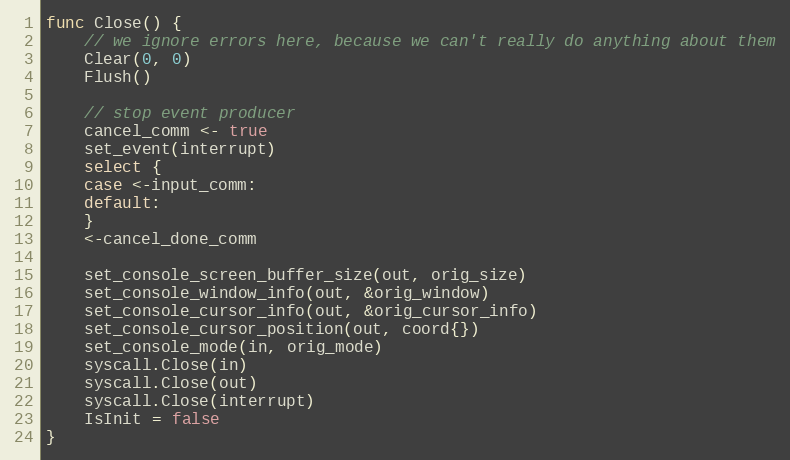
Language: Go
func Close() {
	// we ignore errors here, because we can't really do anything about them
	Clear(0, 0)
	Flush()

	// stop event producer
	cancel_comm <- true
	set_event(interrupt)
	select {
	case <-input_comm:
	default:
	}
	<-cancel_done_comm

	set_console_screen_buffer_size(out, orig_size)
	set_console_window_info(out, &orig_window)
	set_console_cursor_info(out, &orig_cursor_info)
	set_console_cursor_position(out, coord{})
	set_console_mode(in, orig_mode)
	syscall.Close(in)
	syscall.Close(out)
	syscall.Close(interrupt)
	IsInit = false
}